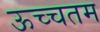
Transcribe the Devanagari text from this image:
ऊच्चतम